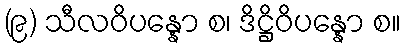
(၉) သီလဝိပန္နော စ၊ ဒိဋ္ဌိဝိပန္နော စ။